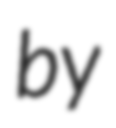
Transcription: by